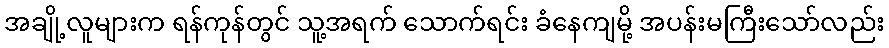
အချို့လူများက ရန်ကုန်တွင် သူ့အရက် သောက်ရင်း ခံနေကျမို့ အပန်းမကြီးသော်လည်း